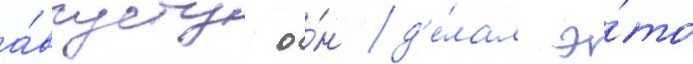
а́вгусту о́н д'е́лал э́то